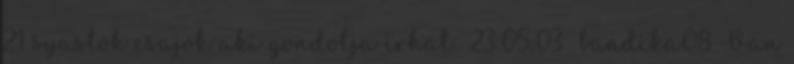
21 syastok csajok aki gondolja irhat 23:05:03 bandika08 Van